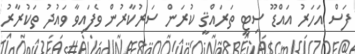
ފަސް އަހަރު އައްޑޫ ސިޓީ ތަރައްޤީ ކުރަން ސަރުކާރުން ވެފައިވާ ވައުދު ތަކުރާރު